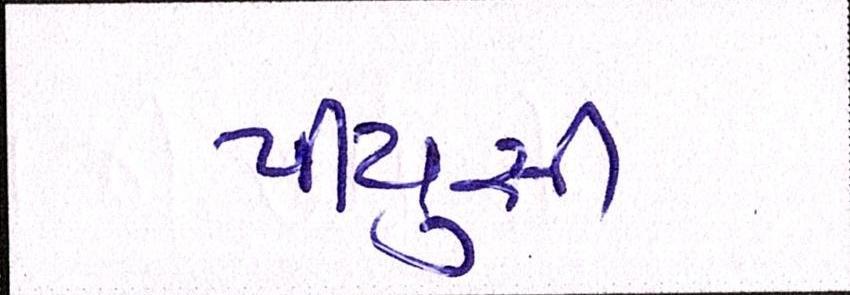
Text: પીયુસી